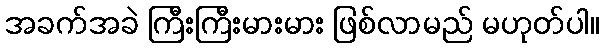
အခက်အခဲ ကြီးကြီးမားမား ဖြစ်လာမည် မဟုတ်ပါ။